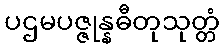
ပဌမပဇ္ဇုန္နဓီတုသုတ္တံ